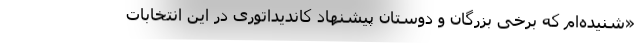
‌«شنیده‌ام که برخی بزرگان و دوستان پیشنهاد کاندیداتوری در این انتخابات